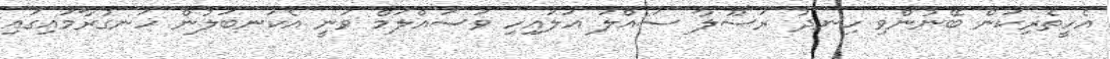
އެހީތެރިކަން ބޭނުންވި ހިނދު ރަސޫލާ ސައްލަ ޢަލައިހި ވަސައްލަމް ވަނީ އެކަނބަލުން ހަނގުރާމައިގައި